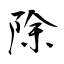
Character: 除